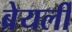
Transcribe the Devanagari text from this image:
ब्रेयर्ली